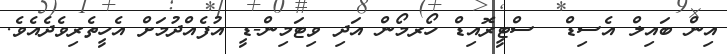
އިން ބައިލް އެސިޑް  ސްޓީރޮއިޑް ހޯރމޯން އަދި ވިޓަމިން-ޑީ އުފެއްދުމަށް އެހީތެރިވެދެއެވެ.